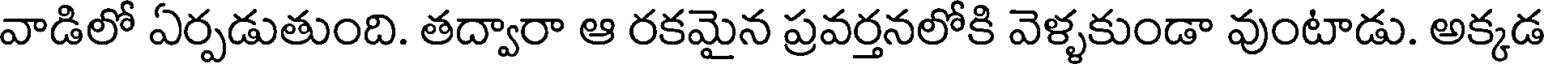
వాడిలో ఏర్పడుతుంది. తద్వారా ఆ రకమైన ప్రవర్తనలోకి వెళ్ళకుండా వుంటాడు. అక్కడ